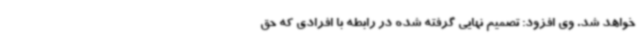
خواهد شد. وی افزود: تصمیم نهایی گرفته شده در رابطه با افرادی که حق